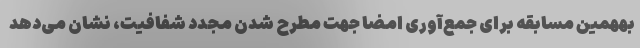
بههمین مسابقه برای جمع‌آوری امضا جهت مطرح شدن مجدد شفافیت، نشان می‌دهد